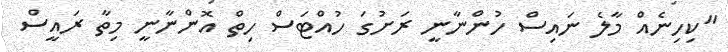
"ކިހިނެއް މާލެ ނައިސް ހުންނާނީ ރަށުގަ ހުއްޓަސް ހިތް އޮންނާނީ މިތާ ރައީސް